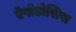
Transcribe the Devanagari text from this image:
ऐपोडोसिस